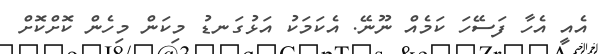
އެއީ އެހާ ފަސޭހަ ކަމެއް ނޫނޭ. އެކަމަކު އަޅުގަނޑު މިކަން މިހެން ކޮށްކޮށް